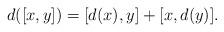
LaTeX: \begin{align*}d([x,y])=[d(x),y] + [x, d(y)].\end{align*}